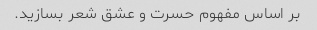
بر اساس مفهوم حسرت و عشق شعر بسازید.